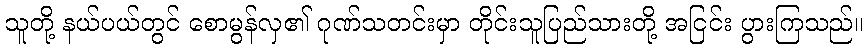
သူတို့ နယ်ပယ်တွင် စောမွန်လှ၏ ဂုဏ်သတင်းမှာ တိုင်းသူပြည်သားတို့ အငြင်း ပွားကြသည်။